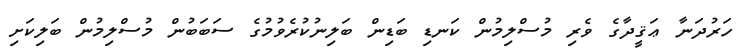
ހަރުދަނާ ޢަޤީދާގެ ވެރި މުސްލިމުން ކަނޑި ބަޑިން ބަލިނުކުރެވުމުގެ ސަބަބުން މުސްލިމުން ބަލިކަށި